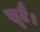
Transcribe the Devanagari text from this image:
खूटै।